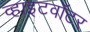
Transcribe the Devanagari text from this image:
व्हाइटवॉटर